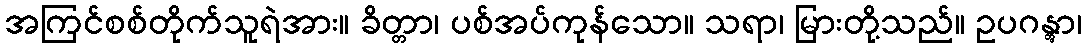
အကြင်စစ်တိုက်သူရဲအား။ ခိတ္တာ၊ ပစ်အပ်ကုန်သော။ သရာ၊ မြားတို့သည်။ ဥပဂန္တွာ၊